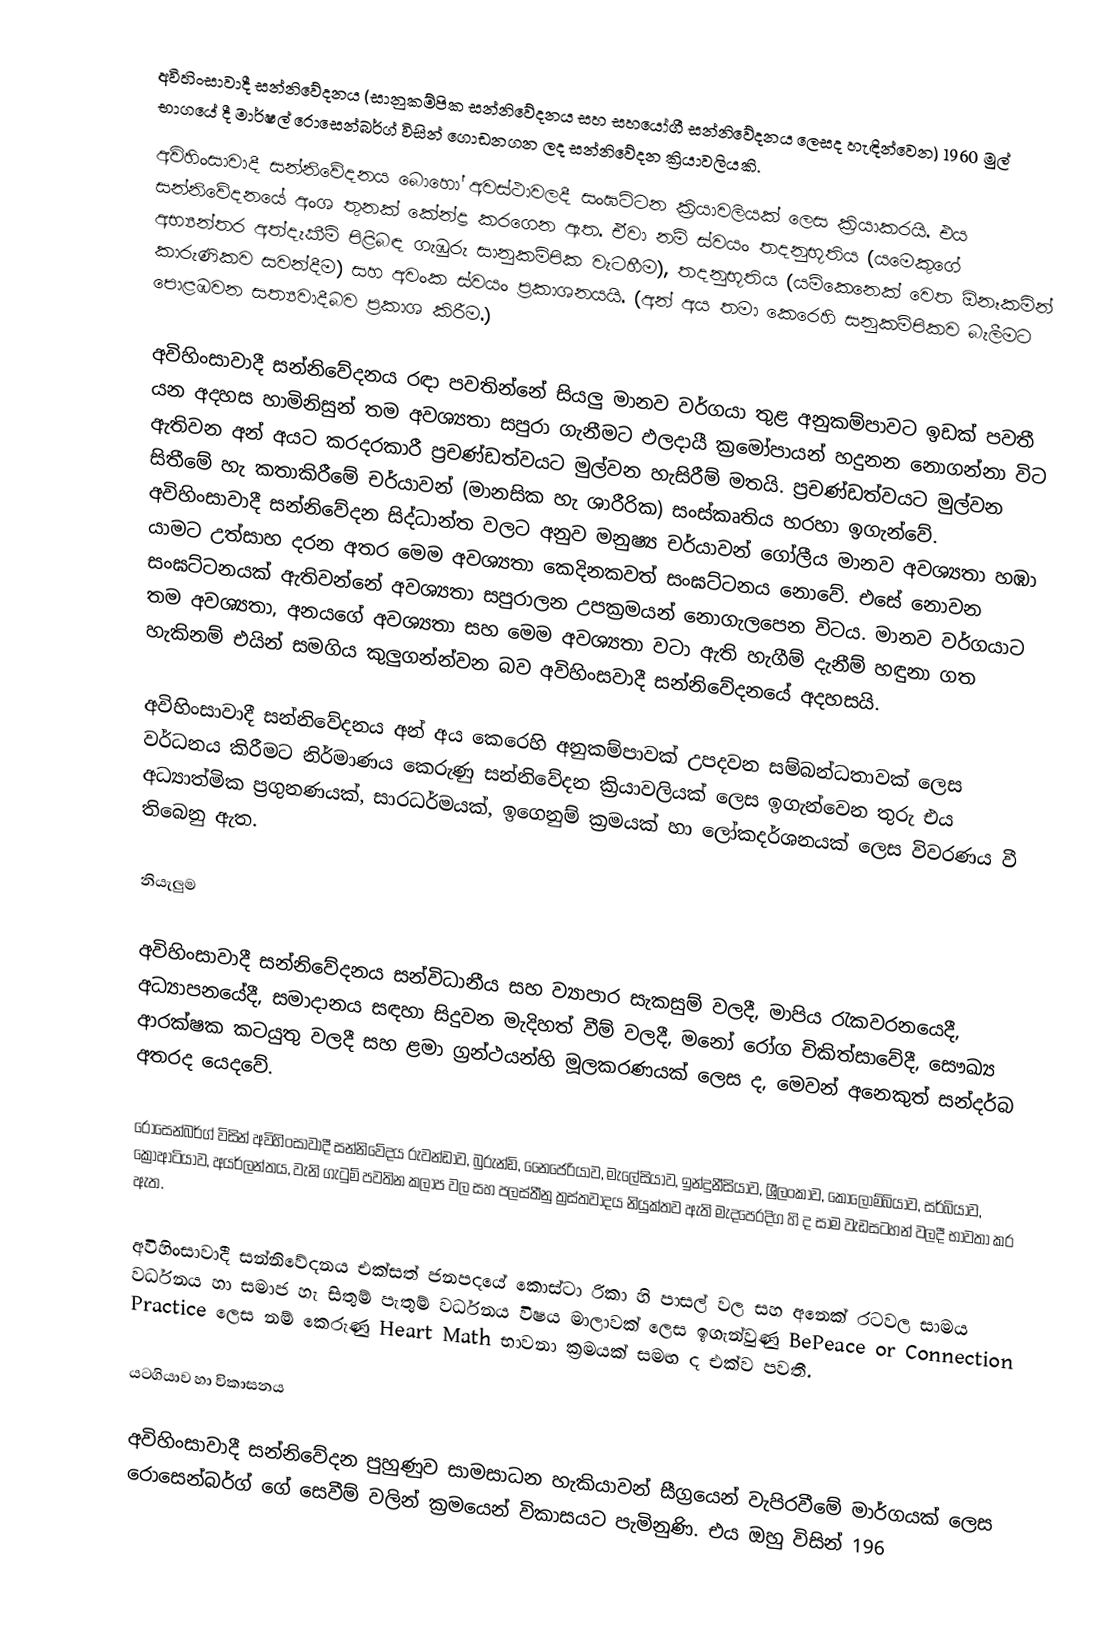
අවිහිංසාවාදී සන්නිවේදනය (සානුකම්පික සන්නිවේදනය සහ සහයෝගී සන්නිවේදනය ලෙසද හැඳින්වෙන) 1960 මුල් භාගයේ දී මාර්ෂල් රොසෙන්බර්ග් විසින් ගොඩනගන ලද සන්නිවේදන ක්‍රියාවලියකි.
අවිහිංසාවාදී සන්නිවේදනය බොහෝ අවස්ථාවලදී සංඝට්ටන ක්‍රියාවලියක් ලෙස ක්‍රියාකරයි. එය සන්නිවේදනයේ අංශ තුනක් කේන්ද්‍ර කරගෙන ඇත. ඒවා නම් ස්වයං තදනුභූතිය (යමෙකුගේ අභ්‍යන්තර අත්දැකීම් පිළිබඳ ගැඹුරු සානුකම්පික වැටහීම), තදනුභූතිය (යම්කෙනෙක් වෙත ඕනෑකමින් කාරුණිකව සවන්දීම) සහ අවංක ස්‌වයං ප්‍රකාශනයයි. (අන් අය තමා කෙරෙහි සනුකම්පිකව බැලීමට පොළඹවන සත්‍යවාදීබව ප්‍රකාශ කිරීම.)

අවිහිංසාවාදී සන්නිවේදනය රඳා පවතින්නේ සියලු මානව වර්ගයා තුළ අනුකම්පාවට ඉඩක් පවතී යන අදහස හාමිනිසුන් තම අවශ්‍යතා සපුරා ගැනීමට ඵලදායී ක්‍රමෝපායන් හදුනන නොගන්නා විට ඇතිවන අන් අයට කරදරකාරී ප්‍රචණ්ඩත්වයට මුල්වන හැසිරීම් මතයි. ප්‍රචණ්ඩත්වයට මුල්වන සිතීමේ හැ කතාකිරීමේ චර්යාවන් (මානසික හැ ශාරීරික) සංස්කෘතිය හරහා ඉගැන්වේ. අවිහිංසාවාදී සන්නිවේදන සිද්ධාන්ත වලට අනුව මනුෂ්‍ය චර්යාවන් ගෝලීය මානව අවශ්‍යතා හඹා යාමට උත්සාහ දරන අතර මෙම අවශ්‍යතා කෙදිනකවත් සංඝට්ටනය නොවේ. එසේ නොවන සංඝට්ටනයක් ඇතිවන්නේ අවශ්‍යතා සපුරාලන උපක්‍රමයන් නොගැලපෙන විටය. මානව වර්ගයාට තම අවශ්‍යතා, අනයගේ අවශ්‍යතා සහ මෙම අවශ්‍යතා වටා ඇති හැගීම් දැනීම් හඳුනා ගත හැකිනම් එයින් සමගිය කුලුගන්න්වන බව අවිහිංසවාදී සන්නිවේදනයේ අදහසයි.

අවිහිංසාවාදී සන්නිවේදනය අන් අය කෙරෙහි අනුකම්පාවක් උපදවන සම්බන්ධතාවක් ලෙස වර්ධනය කිරීමට නිර්මාණය කෙරුණු සන්නිවේදන ක්‍රියාවලියක් ලෙස ඉගැන්වෙන තුරු එය අධ්‍යාත්මික ප්‍රගුනණයක්, සාරධර්මයක්, ඉගෙනුම් ක්‍රමයක් හා ලෝකදර්ශනයක් ලෙස විවරණය වී තිබෙනු ඇත.

 නියැලුම

අවිහිංසාවාදී සන්නිවේදනය සන්විධානීය සහ ව්‍යාපාර සැකසුම් වලදී, මාපිය රැකවරනයෙදී, අධ්‍යාපනයේදී, සමාදානය සඳහා සිදුවන මැදිහත් වීම් වලදී, මනෝ රෝග චිකිත්සාවේදී, සෞඛ්‍ය ආරක්ෂක කටයුතු වලදී සහ ළමා ග්‍රන්ථයන්හි මූලකරණයක් ලෙස ද, මෙවන් අනෙකුත් සන්දර්බ අතරද යෙදවේ.

රොසෙන්බර්ග් විසින් අවිහිංසාවාදී සන්නිවේදය රුවන්ඩාව, බුරුන්ඩි, නෛජෙරියාව, මැලේසියාව, ඉන්දුනීසියාව, ශ්‍රීලංකාව, කොලොම්බියාව, සර්බියාව, ක්‍රොආටියාව, අයර්ලන්තය, වැනි ගැටුම් පවතින කලාප වල සහ පලස්තීනු ත්‍රස්තවාදය නියුක්තව ඇති මැදපෙරදිග හි ද සාම වැඩසටහන් වලදී භාවතා කර ඇත.

අවිහිංසාවාදී සන්නිවේදනය එක්සත් ජනපදයේ කොස්ටා රිකා හි පාසල් වල සහ අනෙක් රටවල සාමය වර්ධනය හා සමාජ හැ සිතුම් පැතුම් වර්ධනය විෂය මාලාවක් ලෙස ඉගැන්වුණු BePeace or Connection Practice ලෙස නම් කෙරුණු Heart Math භාවනා ක්‍රමයක් සමඟ ද එක්ව පවතී.

 යටගියාව හා විකාසනය

අවිහිංසාවාදී සන්නිවේදන පුහුණුව සාමසාධන හැකියාවන් සීග්‍රයෙන් වැපිරවීමේ මාර්ගයක් ලෙස රොසෙන්බර්ග් ගේ සෙවීම් වලින් ක්‍රමයෙන් විකාසයට පැමිනුණි. එය ඔහු විසින් 196